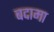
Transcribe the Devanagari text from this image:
बदामा